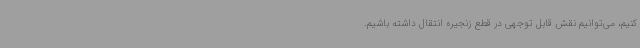
کنیم، می‌توانیم نقش قابل توجهی در قطع زنجیره انتقال داشته باشیم.